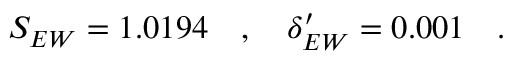
S _ { E W } = 1 . 0 1 9 4 \quad , \quad \delta _ { E W } ^ { \prime } = 0 . 0 0 1 \quad .